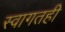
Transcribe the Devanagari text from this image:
स्वागतही